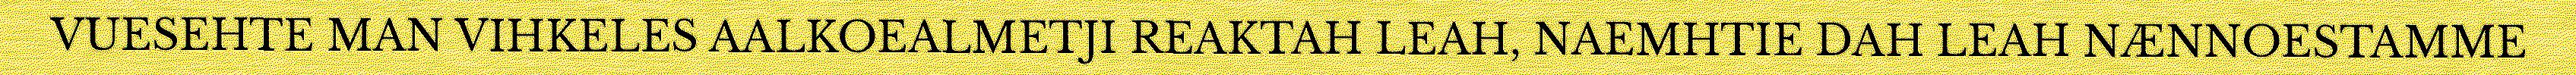
VUESEHTE MAN VIHKELES AALKOEALMETJI REAKTAH LEAH, NAEMHTIE DAH LEAH NÆNNOESTAMME